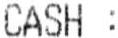
CASH :